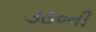
૩૭૦ની